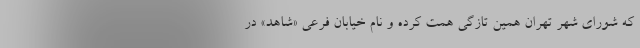
که شورای شهر تهران همین تازگی همت کرده و نام خیابان فرعی «شاهد» در